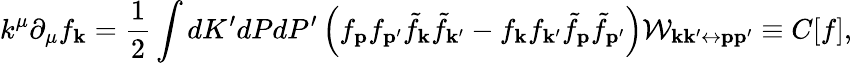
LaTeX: k^{\mu}\partial_{\mu}f_{\mathbf{k}}=\frac{1}{2}\int dK^{\prime}dPdP^{\prime}\left(f_{\mathbf{p}}f_{\mathbf{p}^{\prime}}\tilde{f}_{\mathbf{k}}\tilde{f}_{\mathbf{k}^{\prime}}-f_{\mathbf{k}}f_{\mathbf{k}^{\prime}}\tilde{f}_{\mathbf{p}}\tilde{f}_{\mathbf{p^{\prime}}}\right)\mathcal{W}_{\mathbf{k}\mathbf{k}^{\prime}\leftrightarrow\mathbf{p}\mathbf{p}^{\prime}}\equiv C[f],